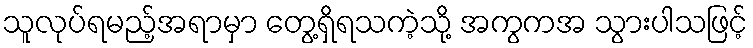
သူလုပ်ရမည့်အရာမှာ တွေ့ရှိရသကဲ့သို့ အကွကအ သွားပါသဖြင့်